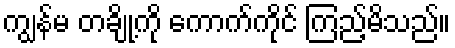
ကျွန်မ တချို့ကို ကောက်ကိုင် ကြည့်မိသည်။